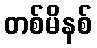
တစ်မိနစ်